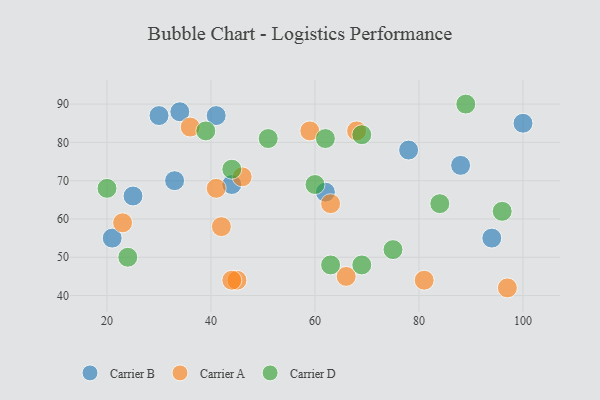
{"axis": {"x": "GDP", "y": "Life Expectancy"}, "legend": ["Carrier A", "Carrier B", "Carrier D"], "data": [{"x": "21", "y": 55, "type": "Carrier B"}, {"x": "33", "y": 70, "type": "Carrier B"}, {"x": "78", "y": 78, "type": "Carrier B"}, {"x": "94", "y": 55, "type": "Carrier B"}, {"x": "25", "y": 66, "type": "Carrier B"}, {"x": "44", "y": 69, "type": "Carrier B"}, {"x": "34", "y": 88, "type": "Carrier B"}, {"x": "30", "y": 87, "type": "Carrier B"}, {"x": "41", "y": 87, "type": "Carrier B"}, {"x": "62", "y": 67, "type": "Carrier B"}, {"x": "100", "y": 85, "type": "Carrier B"}, {"x": "88", "y": 74, "type": "Carrier B"}, {"x": "23", "y": 59, "type": "Carrier A"}, {"x": "97", "y": 42, "type": "Carrier A"}, {"x": "46", "y": 71, "type": "Carrier A"}, {"x": "66", "y": 45, "type": "Carrier A"}, {"x": "42", "y": 58, "type": "Carrier A"}, {"x": "41", "y": 68, "type": "Carrier A"}, {"x": "36", "y": 84, "type": "Carrier A"}, {"x": "68", "y": 83, "type": "Carrier A"}, {"x": "63", "y": 64, "type": "Carrier A"}, {"x": "45", "y": 44, "type": "Carrier A"}, {"x": "81", "y": 44, "type": "Carrier A"}, {"x": "44", "y": 44, "type": "Carrier A"}, {"x": "59", "y": 83, "type": "Carrier A"}, {"x": "60", "y": 69, "type": "Carrier D"}, {"x": "39", "y": 83, "type": "Carrier D"}, {"x": "20", "y": 68, "type": "Carrier D"}, {"x": "44", "y": 73, "type": "Carrier D"}, {"x": "96", "y": 62, "type": "Carrier D"}, {"x": "89", "y": 90, "type": "Carrier D"}, {"x": "62", "y": 81, "type": "Carrier D"}, {"x": "63", "y": 48, "type": "Carrier D"}, {"x": "75", "y": 52, "type": "Carrier D"}, {"x": "69", "y": 82, "type": "Carrier D"}, {"x": "51", "y": 81, "type": "Carrier D"}, {"x": "69", "y": 48, "type": "Carrier D"}, {"x": "84", "y": 64, "type": "Carrier D"}, {"x": "24", "y": 50, "type": "Carrier D"}]}